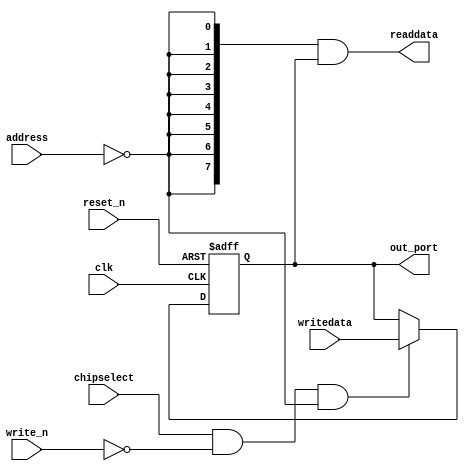
module led_pio (
                 // inputs:
                  address,
                  chipselect,
                  clk,
                  reset_n,
                  write_n,
                  writedata,

                 // outputs:
                  out_port,
                  readdata
               )
;

  output  [  7: 0] out_port;
  output  [  7: 0] readdata;
  input   [  1: 0] address;
  input            chipselect;
  input            clk;
  input            reset_n;
  input            write_n;
  input   [  7: 0] writedata;

  wire             clk_en;
  reg     [  7: 0] data_out;
  wire    [  7: 0] out_port;
  wire    [  7: 0] read_mux_out;
  wire    [  7: 0] readdata;
  assign clk_en = 1;
  //s1, which is an e_avalon_slave
  assign read_mux_out = {8 {(address == 0)}} & data_out;
  always @(posedge clk or negedge reset_n)
    begin
      if (reset_n == 0)
          data_out <= 0;
      else if (chipselect && ~write_n && (address == 0))
          data_out <= writedata[7 : 0];
    end


  assign readdata = read_mux_out;
  assign out_port = data_out;

endmodule